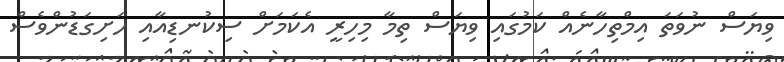
ވިޔަސް ނުވަތަ އިމްތިހާނެއް ކަމުގައި ވިޔަސް ތިމާ މިހިރީ އެކަމަށް ސިކުނޑިއާއި ހަށިގަޑުންވެސް